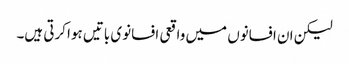
لیکن ان افسانوں میں واقعی افسانوی باتیں ہوا کرتی ہیں۔